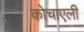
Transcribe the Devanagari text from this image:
कोचाएली